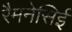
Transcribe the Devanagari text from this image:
रैमनेसिई